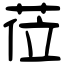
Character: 莅